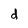
Character: d